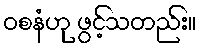
ဝစနံဟု ဖွင့်သတည်း။